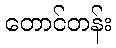
တောင်တန်း